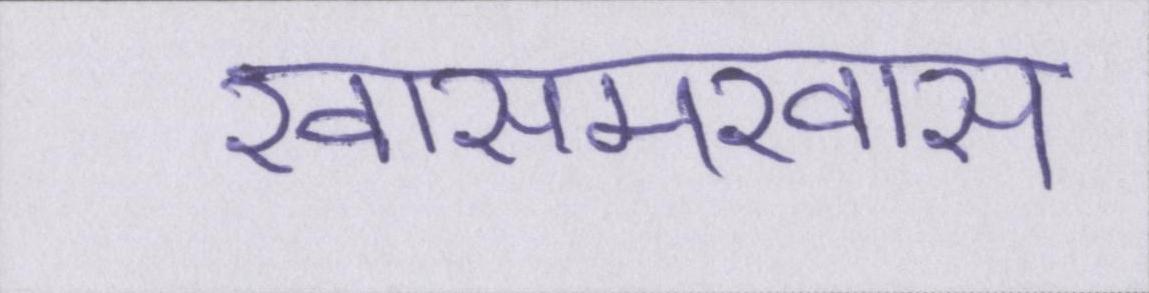
खासमखास